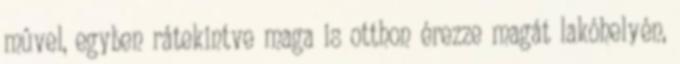
mûvel, egyben rátekintve maga is otthon érezze magát lakóhelyén,